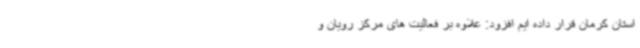
استان کرمان قرار داده ایم افزود: علاوه بر فعالیت های مرکز رویان و